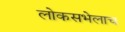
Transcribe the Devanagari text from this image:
लोकसभेलाच